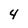
Character: 4